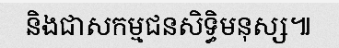
និងជាសកម្មជនសិទ្ធិមនុស្ស៕